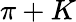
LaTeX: \pi+K